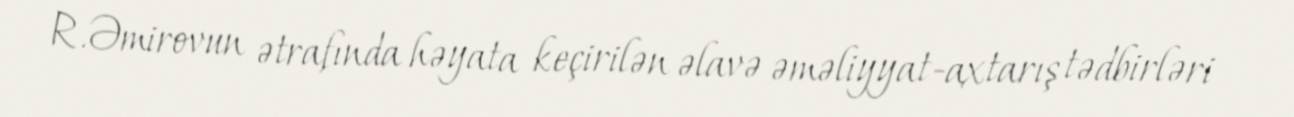
R.Əmirovun ətrafında həyata keçirilən əlavə əməliyyat-axtarış tədbirləri